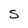
Character: s